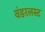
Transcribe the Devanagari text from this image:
वंडरलस्ट